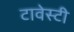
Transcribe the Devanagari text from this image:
टावेस्टी